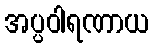
အပ္ပဝါရဏာယ